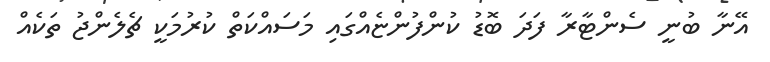
އޭނާ ބުނީ ސެންޓާރާ ފަދަ ބޮޑު ކުންފުންޏެއްގައި މަސައްކަތް ކުރުމަކީ ޗެލެންޖު ތަކެއް